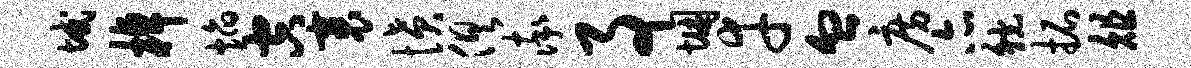
域棹焰空裹愤俱率事悃幸血房亦觥拓俎